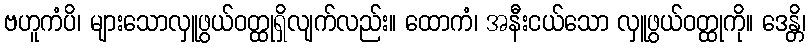
ဗဟူကံပိ၊ များသောလှူဖွယ်ဝတ္ထုရှိလျက်လည်း။ ထောကံ၊ အနီးငယ်သော လှူဖွယ်ဝတ္ထုကို။ ဒေန္တိ၊